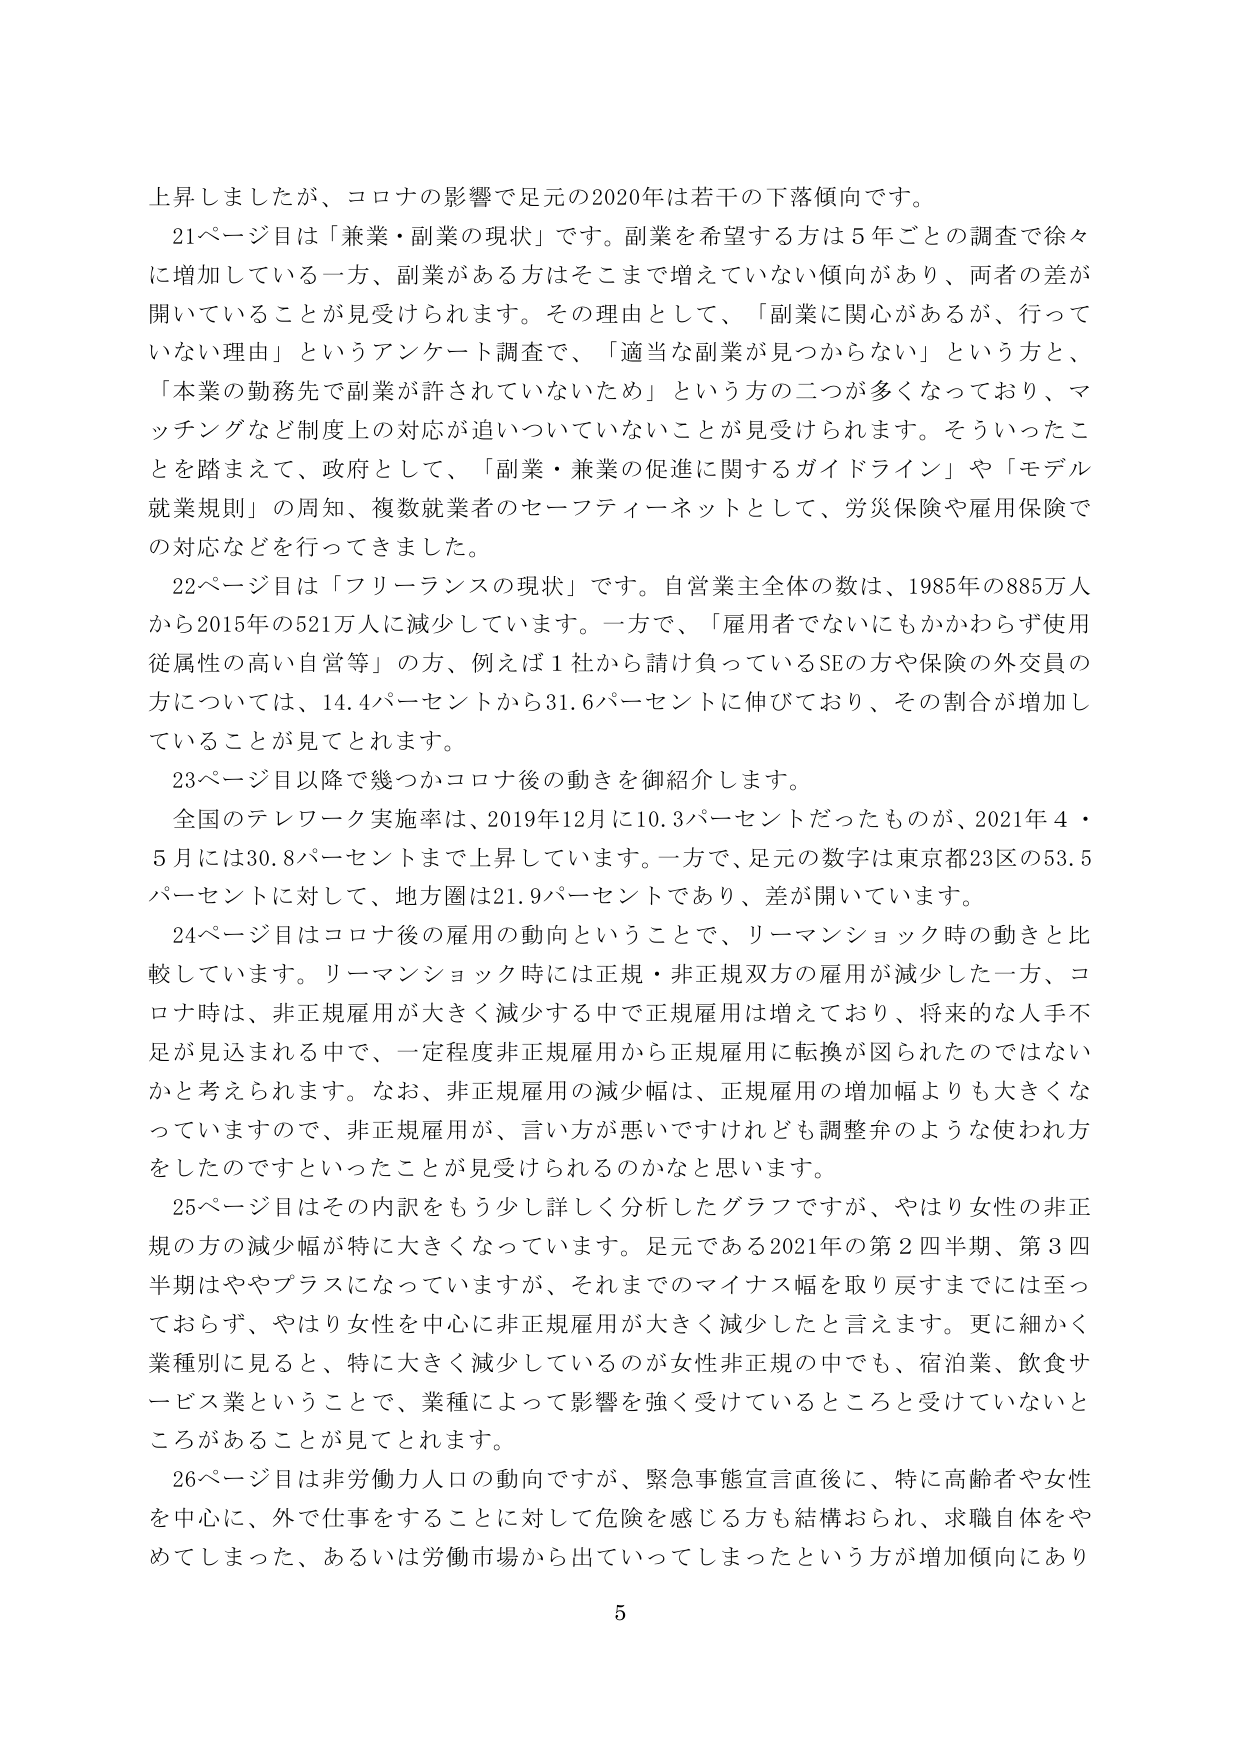
上昇しましたが、コロナの影響で足元の2020年は若干の下落傾向です。

21ページ目は「兼業・副業の現状」です。副業を希望する方は5年ごとの調査で徐々に増加している一方、副業がある方はそこまで増えていない傾向があり、両者の差が開いていることが見受けられます。その理由として、「副業に関心があるが、行っていない理由」というアンケート調査で、「適当な副業が見つからない」という方と、「本業の勤務先で副業が許されていないため」という方の二つが多くなっており、マッチングなど制度上の対応が追いついていないことが見受けられます。そういったことを踏まえて、政府として、「副業・兼業の促進に関するガイドライン」や「モデル就業規則」の周知、複数就業者のセーフティーネットとして、労災保険や雇用保険での対応などを行ってきました。

22ページ目は「フリーランスの現状」です。自営業主全体の数は、1985年の885万人から2015年の521万人に減少しています。一方で、「雇用者でないにもかかわらず使用従属性の高い自営等」の方、例えば1社から請け負っているSEの方や保険の外交員の方については、14.4パーセントから31.6パーセントに伸びており、その割合が増加していることが見てとれます。

23ページ目以降で幾つかコロナ後の動きを御紹介します。

全国のテレワーク実施率は、2019年12月に10.3パーセントだったものが、2021年4・5月には30.8パーセントまで上昇しています。一方で、足元の数字は東京都23区の53.5パーセントに対して、地方圏は21.9パーセントであり、差が開いています。

24ページ目はコロナ後の雇用の動向ということで、リーマンショック時の動きと比較しています。リーマンショック時には正規・非正規双方の雇用が減少した一方、コロナ時は、非正規雇用が大きく減少する中で正規雇用は増えており、将来的な人手不足が見込まれる中で、一定程度非正規雇用から正規雇用に転換が図られたのではないかと考えられます。なお、非正規雇用の減少幅は、正規雇用の増加幅よりも大きくなっていますので、非正規雇用が、言い方が悪いですけれども調整弁のような使われ方をしたのですといったことが見受けられるのかなと思います。

25ページ目はその内訳をもう少し詳しく分析したグラフですが、やはり女性の非正規の方の減少幅が特に大きくなっています。足元である2021年の第2四半期、第3四半期はややプラスになっていますが、それまでのマイナス幅を取り戻すまでには至っておらず、やはり女性を中心に非正規雇用が大きく減少したと言えます。更に細かく業種別に見ると、特に大きく減少しているのが女性非正規の中でも、宿泊業、飲食サービス業ということで、業種によって影響を強く受けているところと受けていないところがあることが見てとれます。

26ページ目は非労働力人口の動向ですが、緊急事態宣言直後に、特に高齢者や女性を中心に、外で仕事をすることに対して危険を感じる方も結構おられ、求職自体をやめてしまった、あるいは労働市場から出ていってしまったという方が増加傾向にあり

5